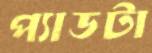
প্যাডটা